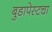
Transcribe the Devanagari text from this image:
बुडापेस्टचा